Punjab Mental Hospital Lahore 1922-31 - 1922-1931
Year: 1922
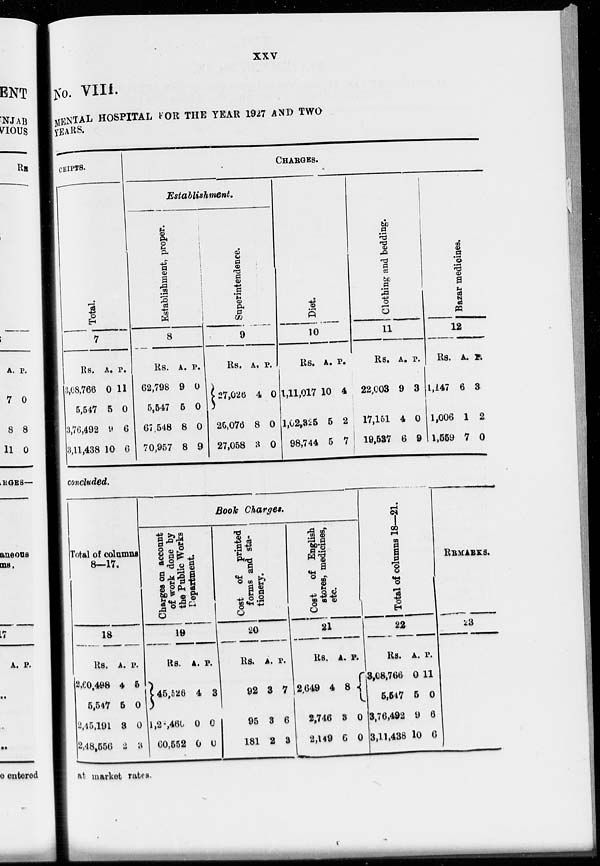
xxv
No. VIII.
MENTAL HOSPITAL FOR THE YEAR 1927 AND TWO
YEARS.
CEIPTS.
Total.
7
Rs.
3,08,766
5,547
3,76,492
3,11,438
A.
0
5
9
10
P.
11
0
6
6
CHARGES.
Establishment.
Establishment, proper.
8
Rs.
62,798
5,547
67,548
70,957
A.
9
5
8
8
P.
0
0
0
9
Superintendence.
9
Rs.
27,026
26,076
27,058
A.
4
8
3
P.
0
0
0
Diet.
10
Rs.
1,11,017
1,02,825
98,744
A.
10
5
5
P.
4
2
7
Clothing and bedding.
11
Rs.
22,003
17,151
19,537
A.
9
4
6
P.
3
0
9
Bazar medicines.
12
Rs.
1,147
1,006
1,669
A.
6
1
7
P.
3
2
0
concluded.
Total of columns
8—17.
18
Rs.
260,498
5,547
2,45,191
2,48,556
A.
4
5
8
2
P.
5
0
0
3
Book Charges.
Charges on account
of work done by
the Public Works
Department.
19
Rs.
45,526
1,2,460
60,552
A.
4
0
0
P.
3
0
0
Cost of printed
forms and sta-
tionery.
20
Rs.
92
95
181
A.
8
8
2
P.
7
6
8
Cost of English
stores, medicines,
etc
21
Rs.
2,649
2,746
2,149
A.
4
8
6
P.
8
0
0
Total of columns 18—21.
22
Rs.
3,08,766
5,547
3,76,492
3,11,438
A.
0
6
9
10
P.
11
0
6
6
REMARKS.
23
at market rates.